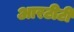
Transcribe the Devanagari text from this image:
आरटीटी